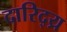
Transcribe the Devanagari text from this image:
दारिद्य्र